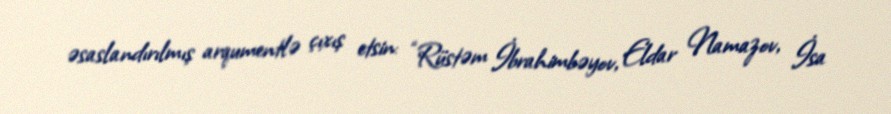
əsaslandırılmış arqumentlə çıxış etsin: “Rüstəm İbrahimbəyov, Eldar Namazov, İsa